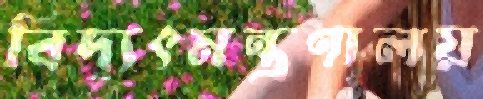
বিদ্যুৎমন্ত্রণালয়